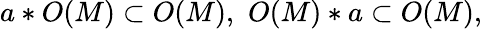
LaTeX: a*O(M)\subset O(M),\, \, O(M)*a\subset O(M),